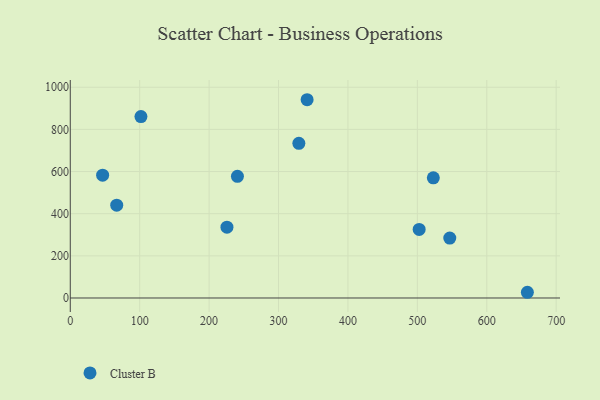
{"axis": {"x": "Price", "y": "Profit"}, "legend": ["Cluster B"], "data": [{"x": "101.8", "y": 860.7, "type": "Cluster B"}, {"x": "523.0", "y": 570.3, "type": "Cluster B"}, {"x": "658.5", "y": 27.1, "type": "Cluster B"}, {"x": "240.8", "y": 577.5, "type": "Cluster B"}, {"x": "502.6", "y": 325.3, "type": "Cluster B"}, {"x": "66.9", "y": 440.2, "type": "Cluster B"}, {"x": "546.7", "y": 284.3, "type": "Cluster B"}, {"x": "46.6", "y": 583.0, "type": "Cluster B"}, {"x": "225.7", "y": 336.1, "type": "Cluster B"}, {"x": "329.3", "y": 733.7, "type": "Cluster B"}, {"x": "341.2", "y": 940.8, "type": "Cluster B"}]}